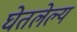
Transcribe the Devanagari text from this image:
घेतलेल्य